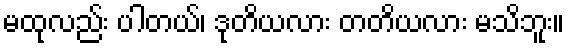
မထုလည်း ပါတယ်၊ ဒုတိယလား တတိယလား မသိဘူး။